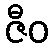
ဇီဝ